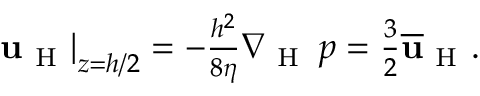
\begin{array} { r } { \left. \mathbf { u } _ { \mathrm { ~ H ~ } } \right\vert _ { z = h / 2 } = - \frac { h ^ { 2 } } { 8 \eta } \nabla _ { \mathrm { ~ H ~ } } \, p = \frac { 3 } { 2 } \overline { { \mathbf { u } } } _ { \mathrm { ~ H ~ } } . } \end{array}